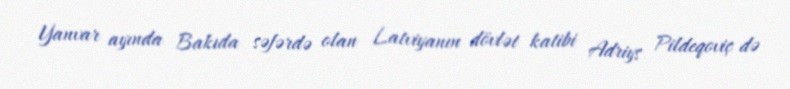
Yanvar ayında Bakıda səfərdə olan Latviyanın dövlət katibi Adriys Pildeqoviç də